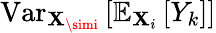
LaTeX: \operatorname{Var}_{\mathbf{X}_{\simi}}\left[\mathbb{{E}}_{\mathbf{X}_{i}}\left[Y_{k}\right]\right]